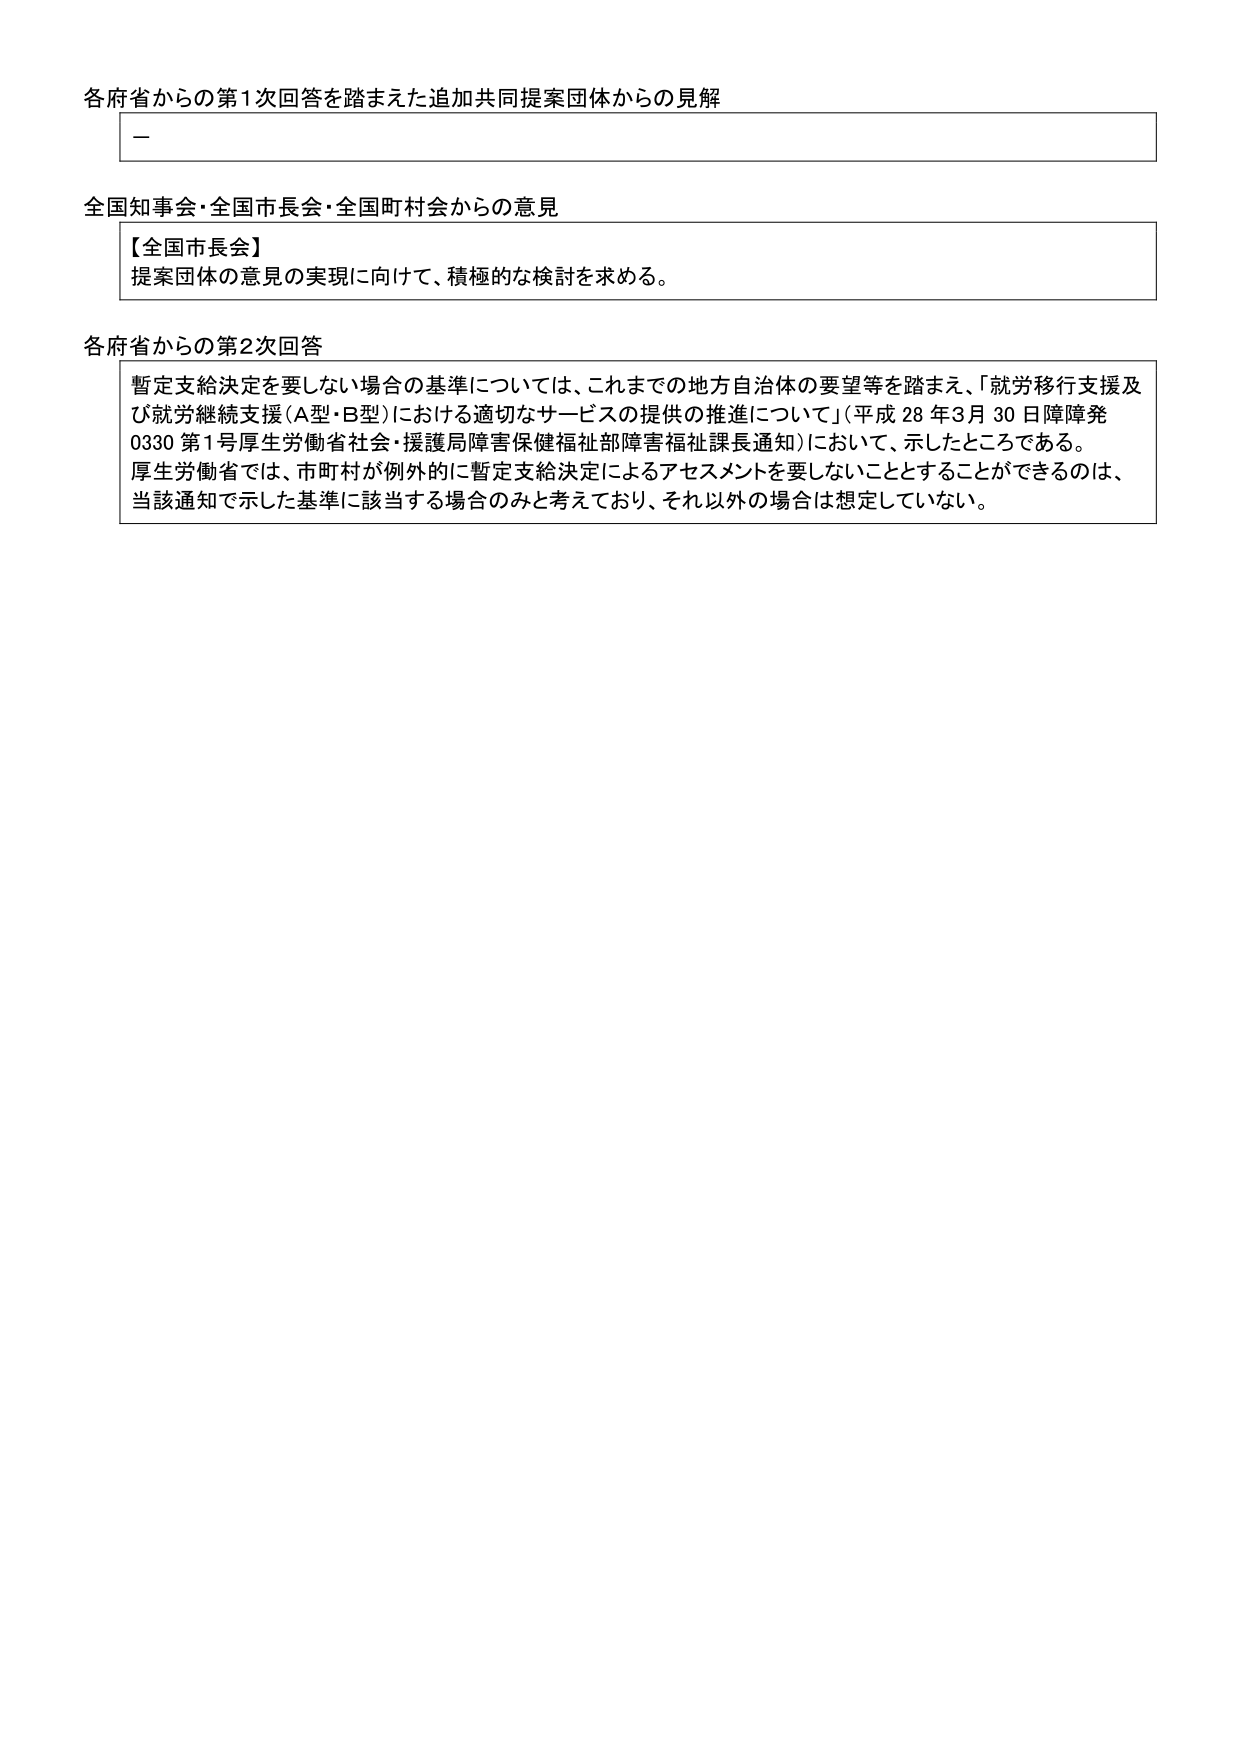
各府省からの第1次回答を踏まえた追加共同提案団体からの見解
－
全国知事会・全国市長会・全国町村会からの意見
【全国市長会】
提案団体の意見の実現に向けて、積極的な検討を求める。
各府省からの第2次回答
暫定支給決定を要しない場合の基準については、これまでの地方自治体の要望等を踏まえ、「就労移行支援及び就労継続支援（A型・B型）における適切なサービスの提供の推進について」（平成28年3月30日障障発0330第1号厚生労働省社会・援護局障害保健福祉部障害福祉課長通知）において、示したところである。
厚生労働省では、市町村が例外的に暫定支給決定によるアセスメントを要しないこととすることのできるのは、当該通知で示した基準に該当する場合のみと考えており、それ以外の場合は想定していない。